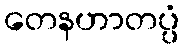
တေနဟာတပ္ပံ